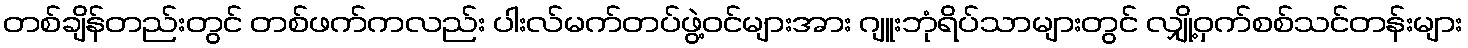
တစ်ချိန်တည်းတွင် တစ်ဖက်ကလည်း ပါးလ်မက်တပ်ဖွဲ့ဝင်များအား ဂျူးဘုံရိပ်သာများတွင် လျှို့ဝှက်စစ်သင်တန်းများ